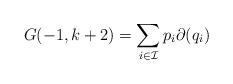
LaTeX: \begin{align*}G(-1,k+2) = \sum_{i\in\mathcal{I}} p_i \partial(q_i) \end{align*}